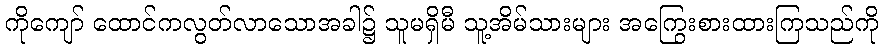
ကိုကျော် ထောင်ကလွတ်လာသောအခါ၌ သူမရှိမီ သူ့အိမ်သားများ အကြွေးစားထားကြသည်ကို